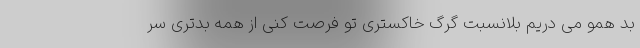
بَد همو می دریم بلانسبتِ گرگِ خاکستری تو فرصت کُنی از همه بدتری سر